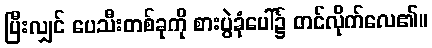
ပြီးလျှင် ပေသီးတစ်ခုကို စားပွဲခုံပေါ်၌ တင်လိုက်လေ၏။